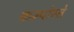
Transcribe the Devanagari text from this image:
कम्पोस्ते